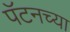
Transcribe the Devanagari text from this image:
पॅटनच्या